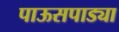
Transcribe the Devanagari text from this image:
पाऊसपाड्या